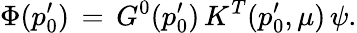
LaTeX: \Phi(p_{0}^{\prime})\, =\, G^{0}(p_{0}^{\prime})\, K^{T}(p_{0}^{\prime},\mu)\, \psi.